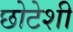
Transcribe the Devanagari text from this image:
छोटेशी